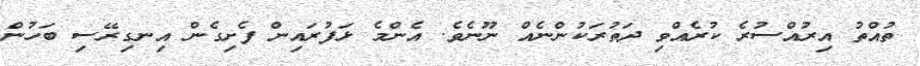
ތުއްތު އިރުއްސުރެ ކުރެއްވި ދަތުރަކުންނެއް ނޫނެވެ. އެންމެ ޅަފުރައިން ފެށިގެން އިނގިރޭސި ބަހުން